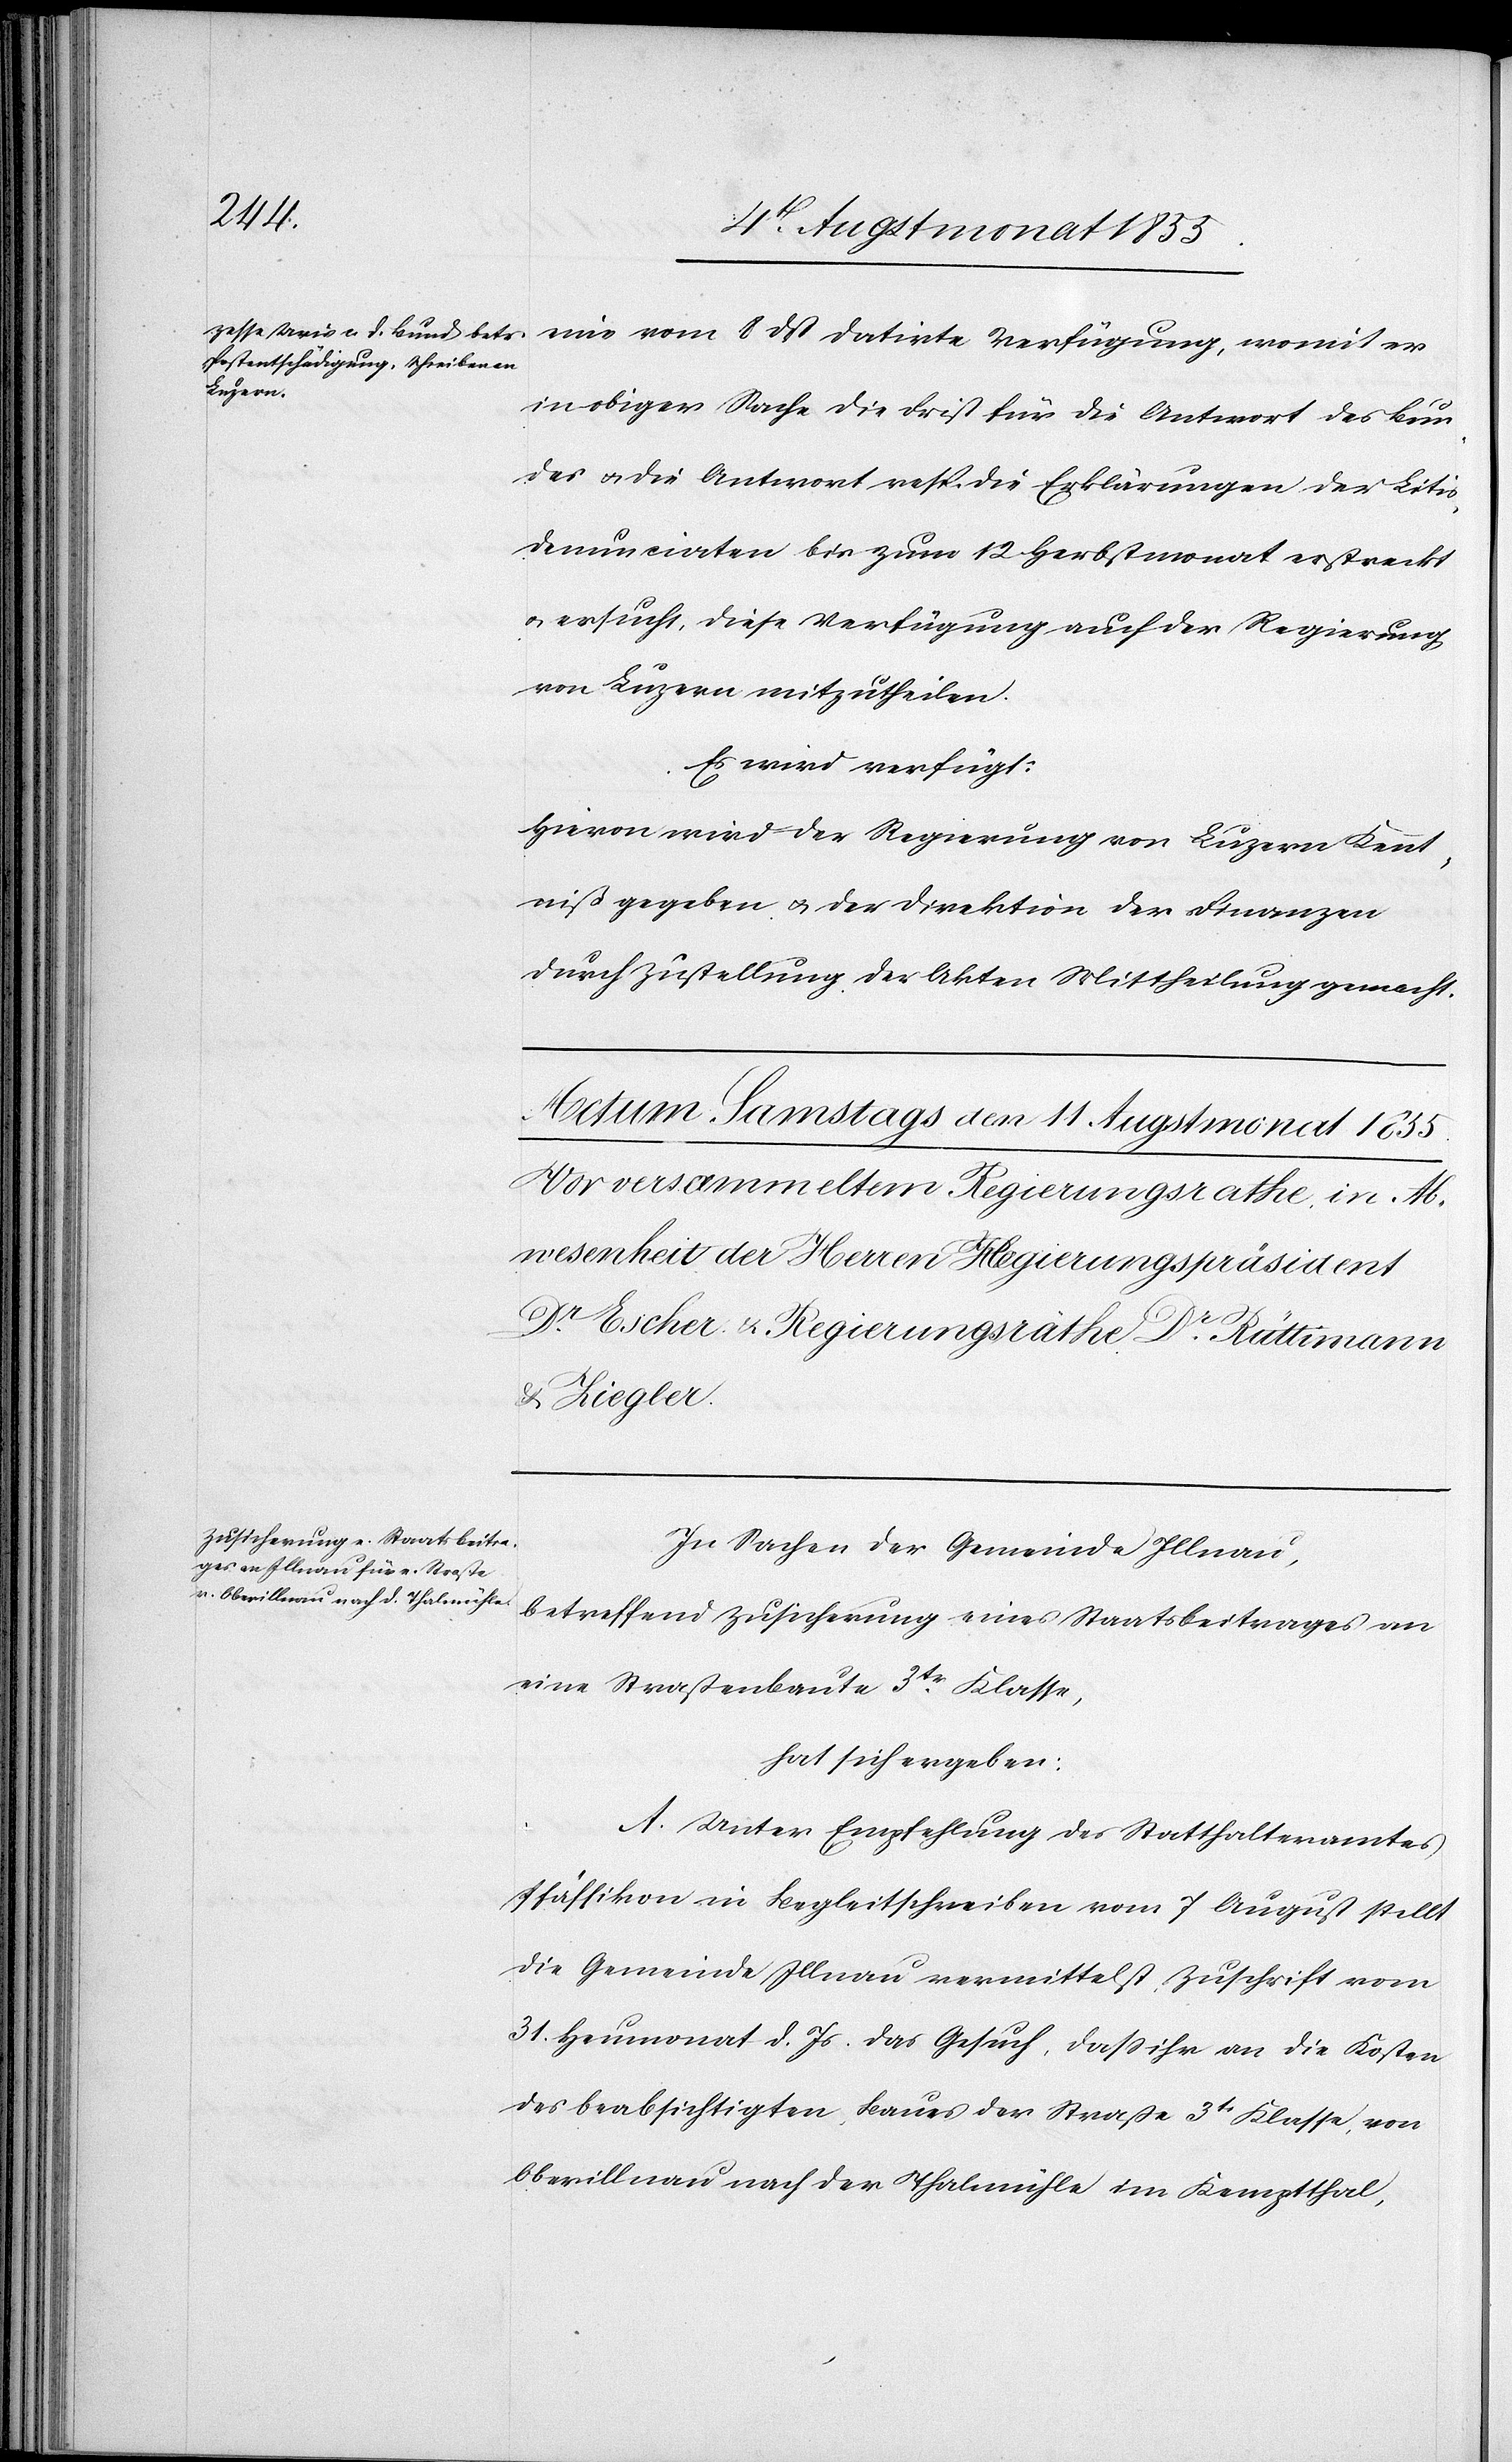
eine vom 8 dß datirte Verfügung, womit er
in obiger Sache die Frist für die Antwort des Bun¬
des & die Antwort resp. die Erklärungen der Litis¬
denunciaten bis zum 12 Herbstmonat erstreckt
& ersucht, diese Verfügung auch der Regierung
von Luzern mitzutheilen.
Es wird verfügt:
Hievon wird der Regierung von Luzern Kennt¬
niß gegeben & der Direktion der Finanzen
durch Zustellung der Akten Mittheilung gemacht.
In Sachen der Gemeinde Illnau,
betreffend Zusicherung eines Staatsbeitrages an
eine Straßenbaute 3tr. Klasse,
hat sich ergeben:
A. Unter Empfehlung des Statthalteramtes
Pfäffikon in Begleitschreiben vom 7 August stellt
die Gemeinde Illnau vermittelst Zuschrift vom
31. Heumonat d. Js. das Gesuch, dass ihr an die Kosten
des beabsichtigten Baues der Straße 3tr Klasse, von
Oberillnau nach der Thalmühle im Kemptthal,